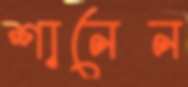
শানেন